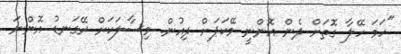
"ހަމަ ހޭލާ ގޮތަށް ދެން އޮންނީ މޭކަޕަށް ދިއުން. މިސާލަކަށް ރޭގަނޑު އޮންނަ